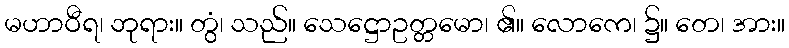
မဟာဝီရ၊ ဘုရား။ တွံ၊ သည်။ သေဋ္ဌောဥတ္တမော၊ ၏။ လောကေ၊ ၌။ တေ၊ အား။